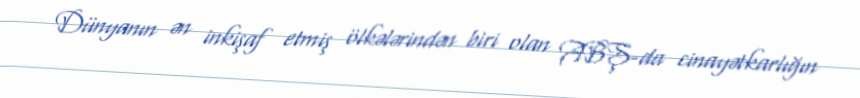
Dünyanın ən inkişaf etmiş ölkələrindən biri olan ABŞ-da cinayətkarlığın